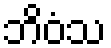
ဘိဝံသ